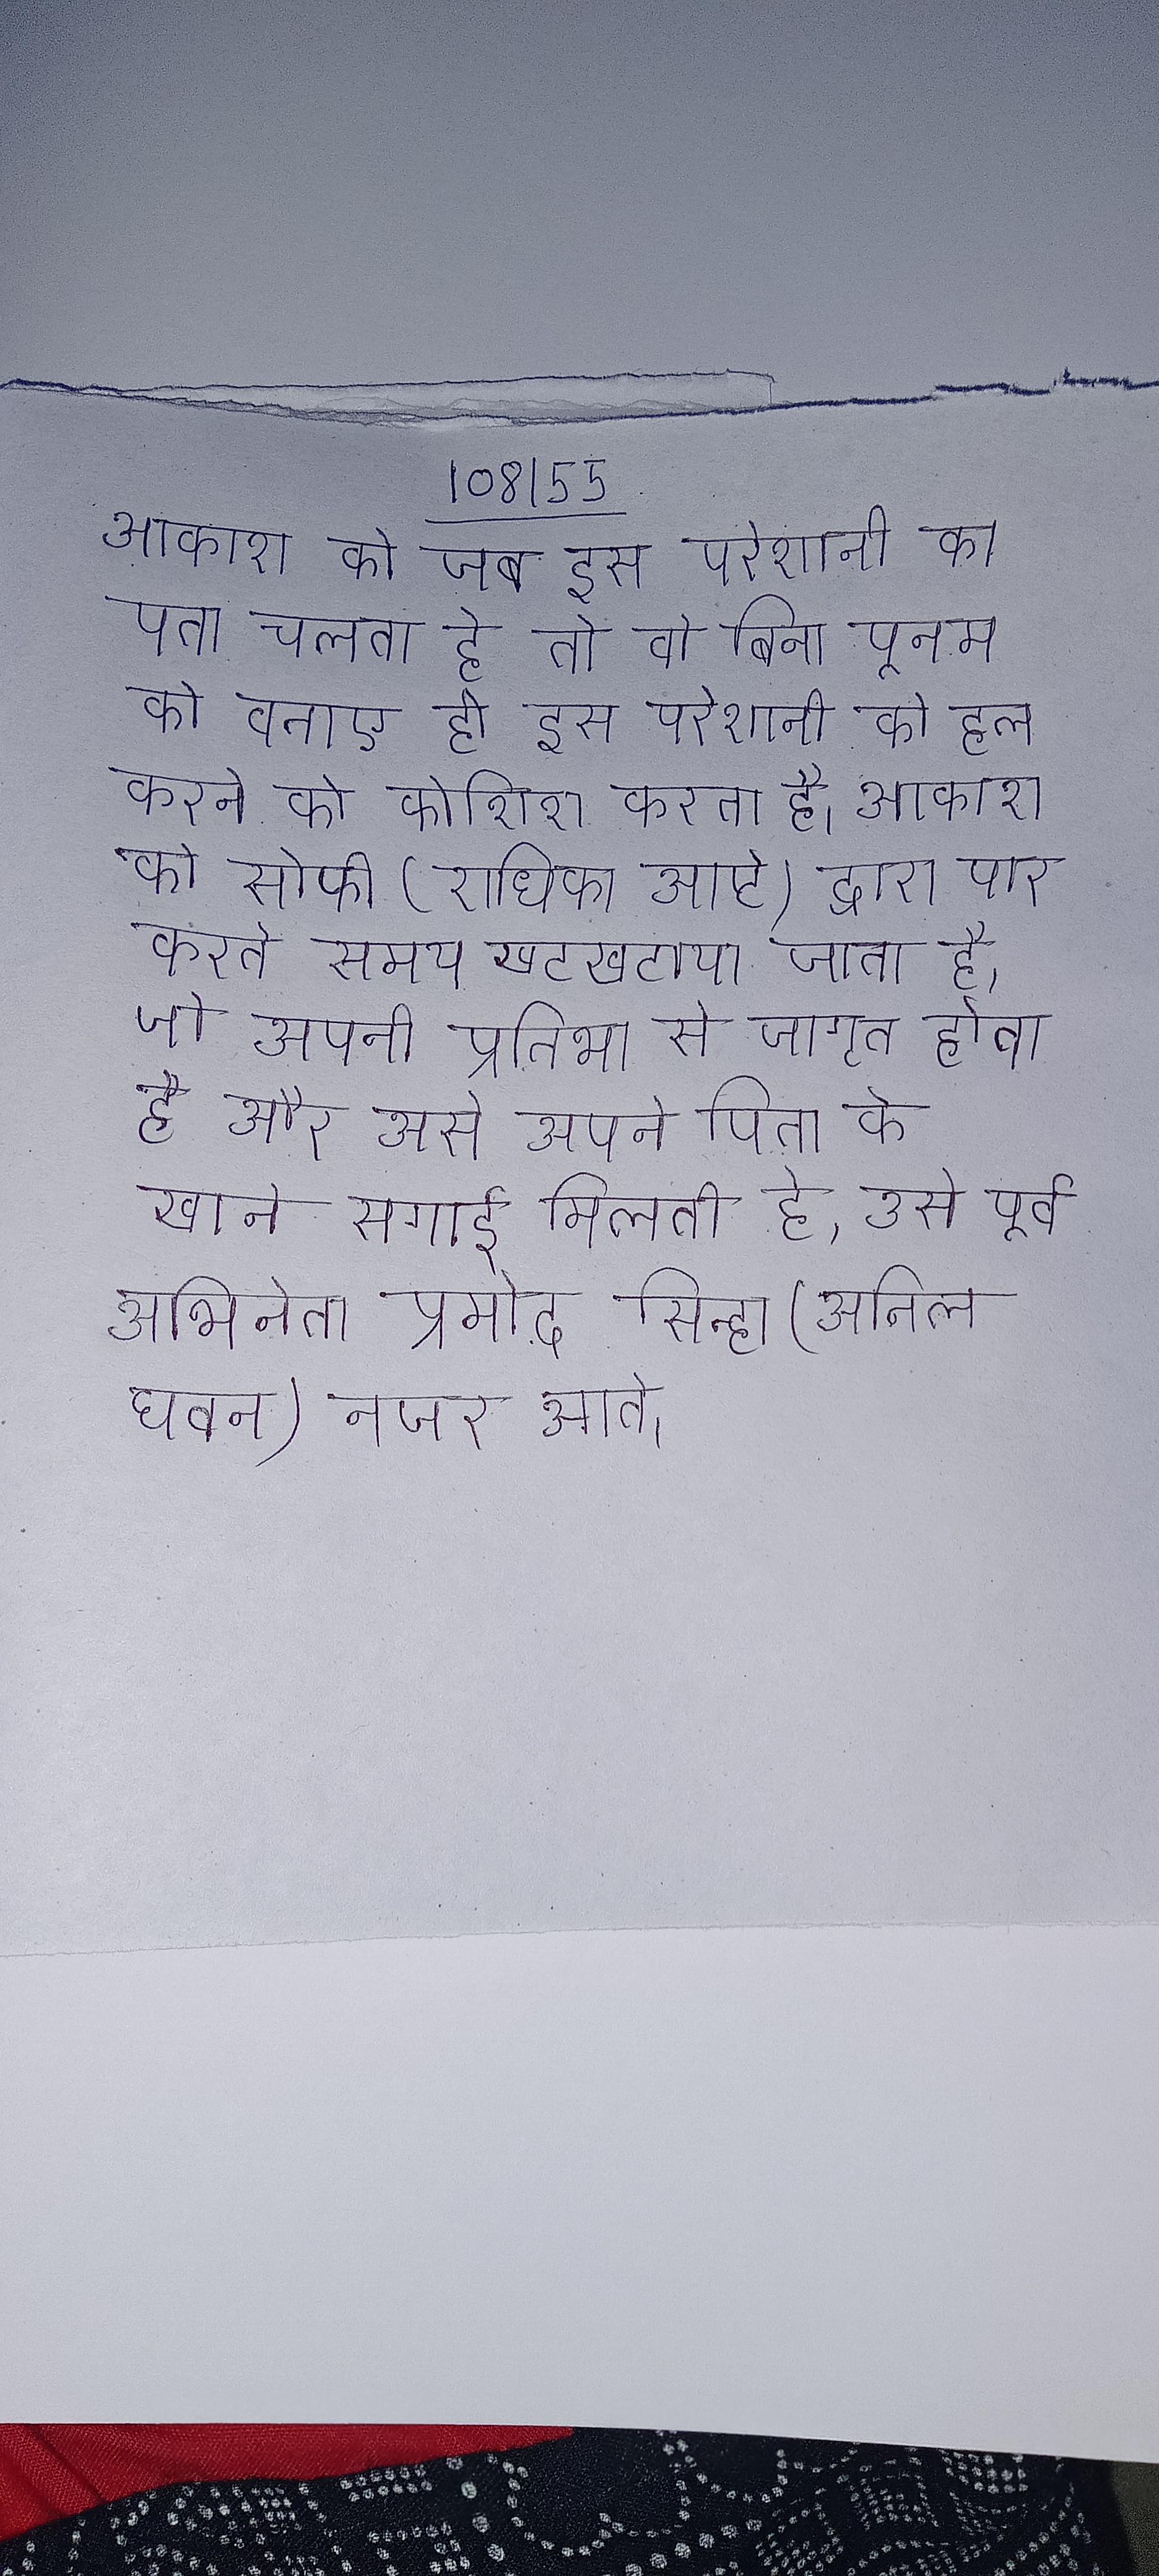
आकाश को जब इस परेशानी का पता चलता है तो वो बिना पूनम को बताए ही इस परेशानी को हल करने की कोशिश करता है । आकाश को सोफी (राधिका आप्टे) द्वारा पार करते समय खटखटाया जाता है, जो अपनी प्रतिभा से जागृत होता है और उसे अपने पिता के खाने सगाई मिलती है, उसे पूर्व अभिनेता प्रमोद सिन्हा (अनिल धवन) नजर आते ।